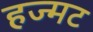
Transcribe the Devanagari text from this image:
हज्मट